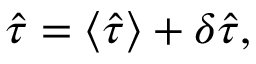
\hat { \tau } = \langle \hat { \tau } \rangle + \delta \hat { \tau } ,